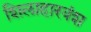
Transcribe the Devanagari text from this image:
शिलाहारवंश